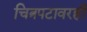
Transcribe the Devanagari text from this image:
चित्रपटावरही